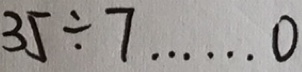
3 5 \div 7 \cdots 0